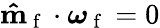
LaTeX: \mathbf{\hat{m}}_{\mathrm{~f~}}\cdot\boldsymbol{\omega}_{\mathrm{~f~}}=0